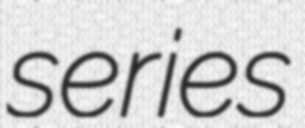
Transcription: series